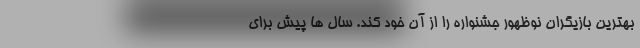
بهترین بازیگران نوظهور جشنواره را از آن خود کند. سال ها پیش برای